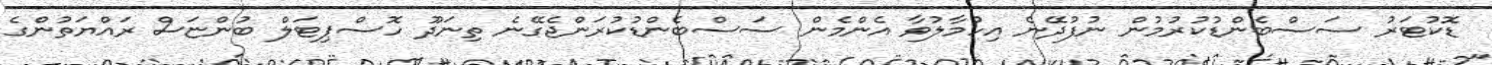
ޑޮކުޓަރު ސަސްބެންޑުކުރުމުން ނުފުދޭނެ އިހުމާލުވާ އެންމެން ސަސްބެންޑުކުރަންޖެގޭނެ ތިނަދޫ ހޮސްޕިޓަލް ބުންޏަސް ރައްޔަތުންގެ